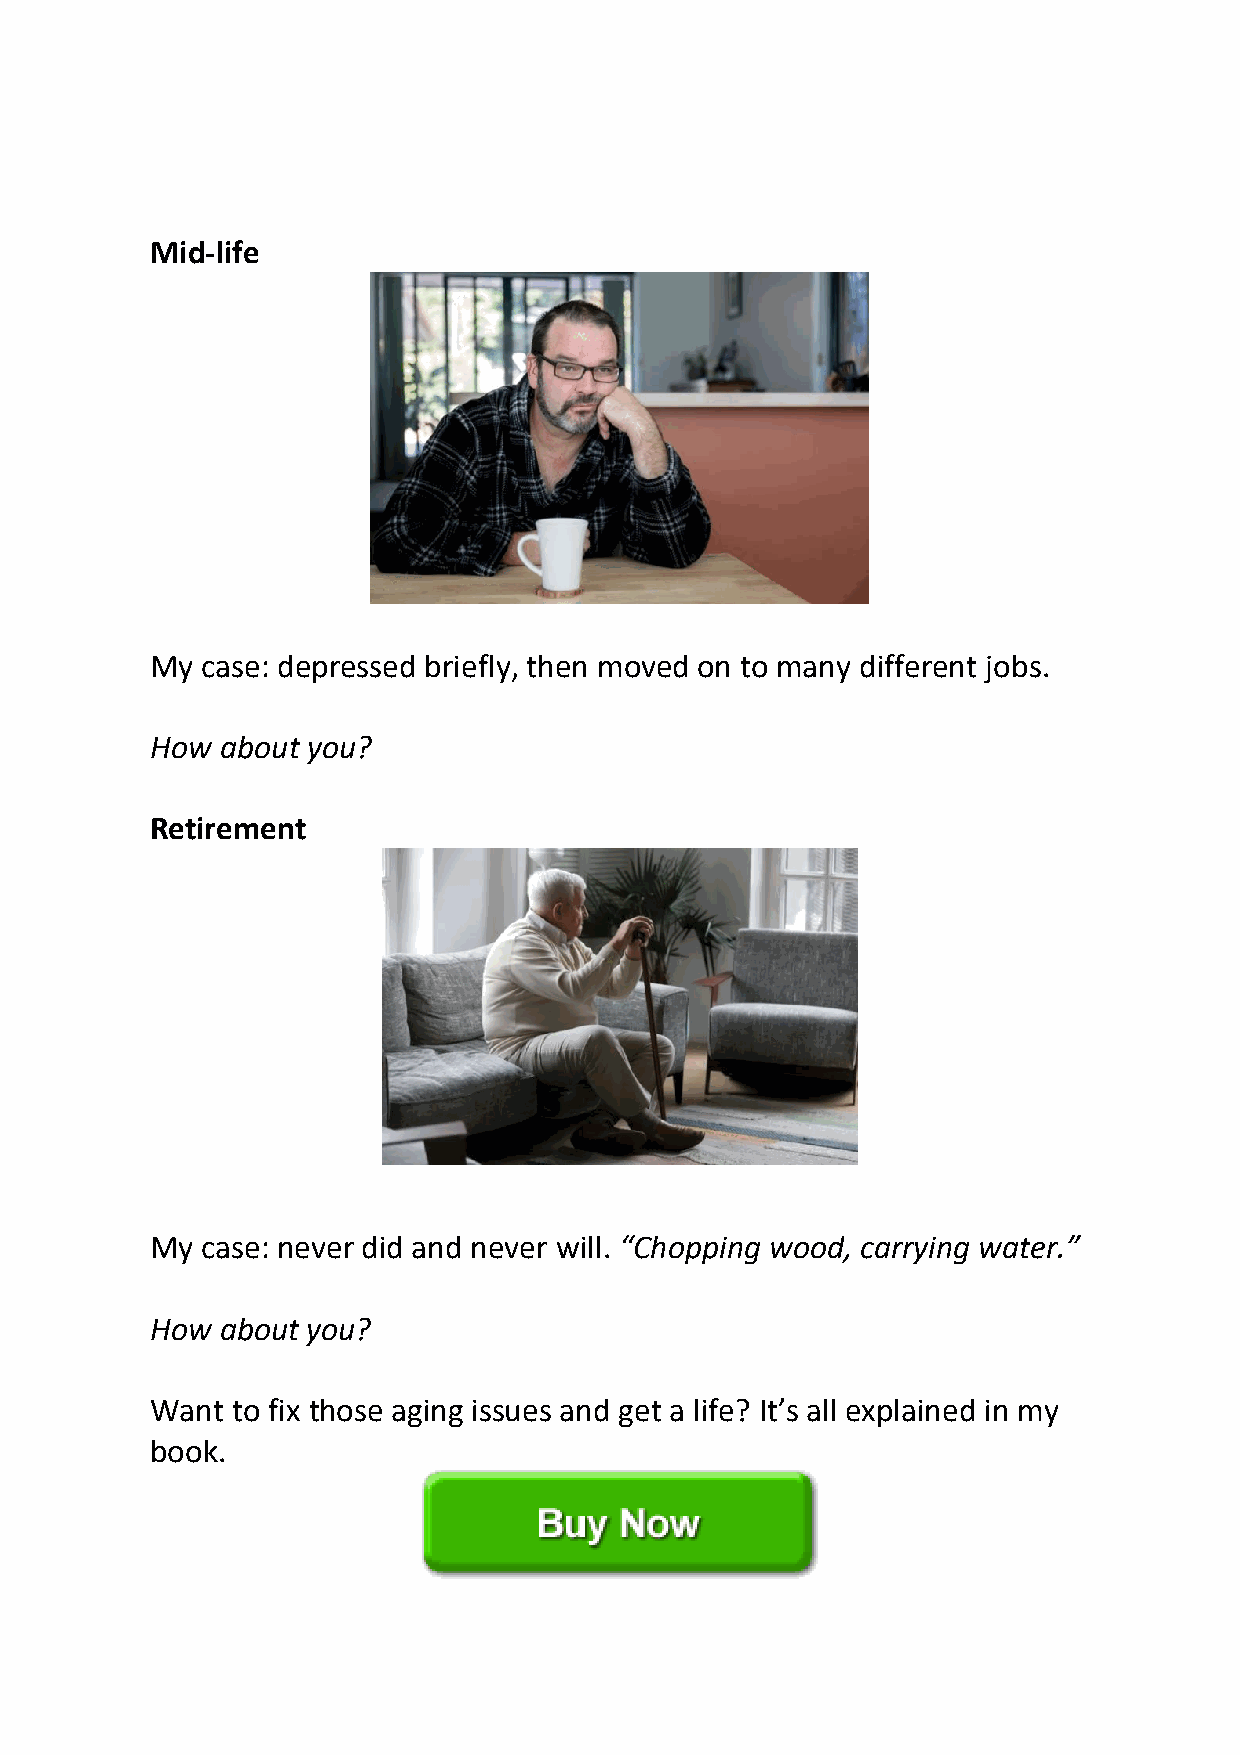
Mid-life
 My case: depressed briefly, then moved on to many different jobs.
 How  about you?
 Retirement
 My case: never did and never will. “Chopping wood, carrying water.”
 How  about you?
 Want to fix those aging issues and get a life? It’s all explained in my
 book.